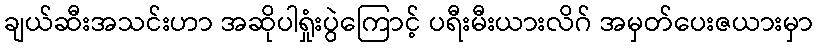
ချယ်ဆီးအသင်းဟာ အဆိုပါရှုံးပွဲကြောင့် ပရီးမီးယားလိဂ် အမှတ်ပေးဇယားမှာ